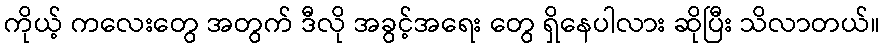
ကိုယ့် ကလေးတွေ အတွက် ဒီလို အခွင့်အရေး တွေ ရှိနေပါလား ဆိုပြီး သိလာတယ်။